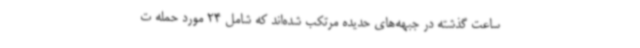
ساعت گذشته در جبهه‌های حدیده مرتکب شده‌اند که شامل 24 مورد حمله ت